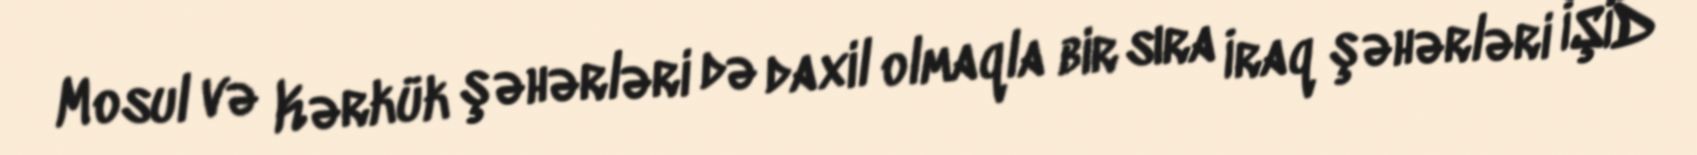
Mosul və Kərkük şəhərləri də daxil olmaqla bir sıra İraq şəhərləri İŞİD